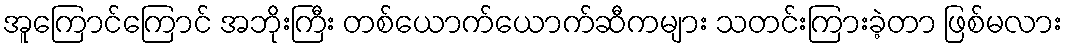
အူကြောင်ကြောင် အဘိုးကြီး တစ်ယောက်ယောက်ဆီကများ သတင်းကြားခဲ့တာ ဖြစ်မလား